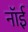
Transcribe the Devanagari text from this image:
नॉई